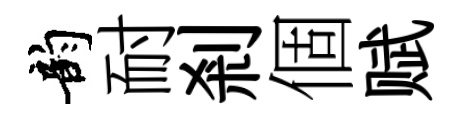
韵耐剎個赋